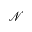
\mathcal { N }